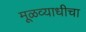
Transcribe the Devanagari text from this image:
मूळव्याधीचा